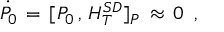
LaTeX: \dot { P _ { 0 } } \, = \, [ P _ { 0 } \, , \, H _ { T } ^ { S D } ] _ { P } \, \approx \, 0 \, \, \, ,